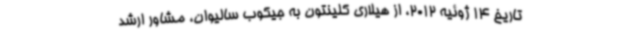
تاریخ 14 ژوئیه 2012، از هیلاری کلینتون به جیکوب سالیوان‌، مشاور ارشد